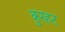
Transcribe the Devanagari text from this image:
कुरहट